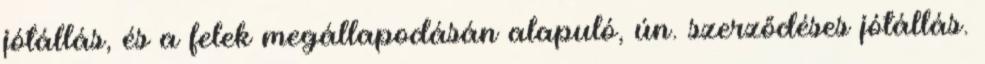
jótállás, és a felek megállapodásán alapuló, ún. szerződéses jótállás.